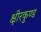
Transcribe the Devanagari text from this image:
क्षीरकुण्ड